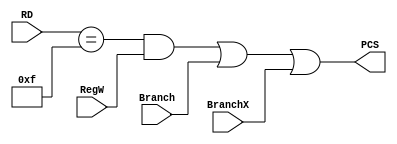
module PCLogic (input Branch, RegW, BranchX, input [3:0] RD, output PCS);

assign PCS = ((RD == 15) & RegW) | Branch | BranchX; //BX is added BL is already here
endmodule